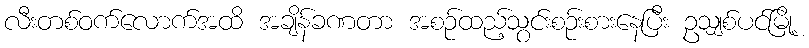
လီးတစ်ဝက်လောက်အထိ အချိန်ခဏတာ အစဉ်ထည့်သွင်းစဉ်းစားနေပြီး ဥသျှစ်ပင်မြို့